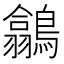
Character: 𪅲